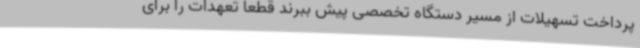
پرداخت تسهیلات از مسیر دستگاه تخصصی پیش ببرند قطعاً تعهدات را برای